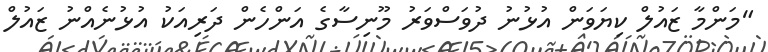
"މަންމާ ޒައުލް ކިޔަވަން އުޅުނު ދުވަސްވަރު މޫނިސާގެ އަންހެން ދަރިއަކު އުޅުނެއްނު ޒައުލް